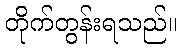
တိုက်တွန်းရသည်။